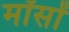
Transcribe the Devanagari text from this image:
मॉसों